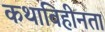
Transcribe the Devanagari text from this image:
कथाविहीनता